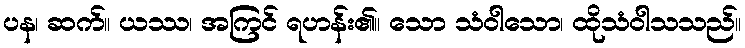
ပန၊ ဆက်။ ယဿ၊ အကြင် ရဟန်း၏။ သော သံဝါသော၊ ထိုသံဝါသသည်။